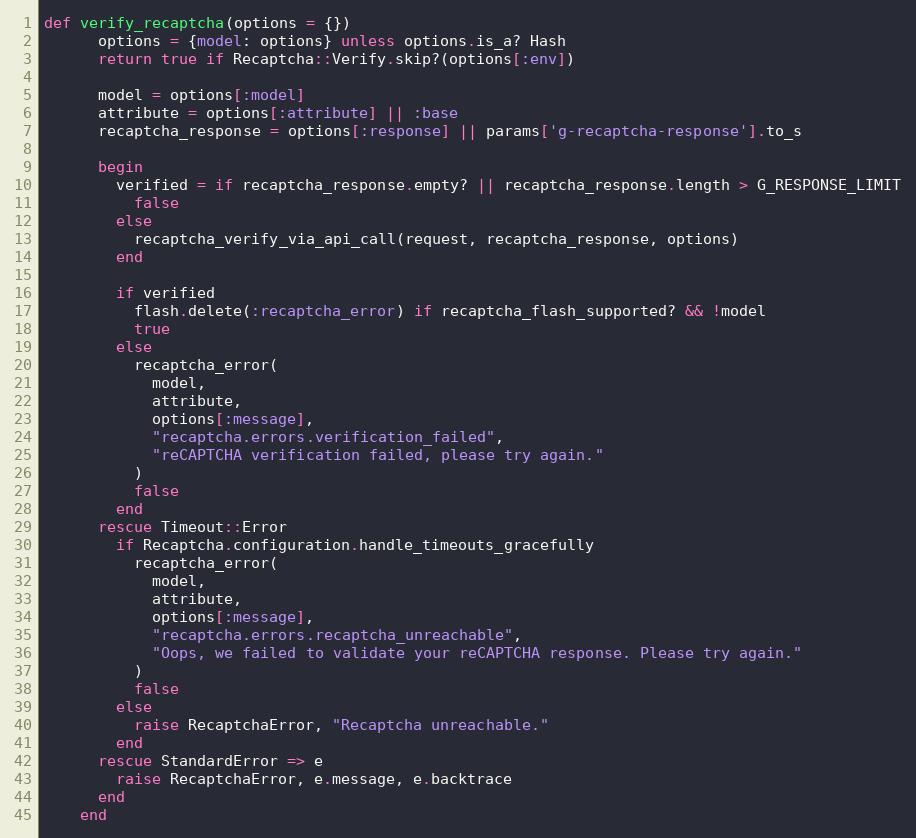
Language: Ruby
def verify_recaptcha(options = {})
      options = {model: options} unless options.is_a? Hash
      return true if Recaptcha::Verify.skip?(options[:env])

      model = options[:model]
      attribute = options[:attribute] || :base
      recaptcha_response = options[:response] || params['g-recaptcha-response'].to_s

      begin
        verified = if recaptcha_response.empty? || recaptcha_response.length > G_RESPONSE_LIMIT
          false
        else
          recaptcha_verify_via_api_call(request, recaptcha_response, options)
        end

        if verified
          flash.delete(:recaptcha_error) if recaptcha_flash_supported? && !model
          true
        else
          recaptcha_error(
            model,
            attribute,
            options[:message],
            "recaptcha.errors.verification_failed",
            "reCAPTCHA verification failed, please try again."
          )
          false
        end
      rescue Timeout::Error
        if Recaptcha.configuration.handle_timeouts_gracefully
          recaptcha_error(
            model,
            attribute,
            options[:message],
            "recaptcha.errors.recaptcha_unreachable",
            "Oops, we failed to validate your reCAPTCHA response. Please try again."
          )
          false
        else
          raise RecaptchaError, "Recaptcha unreachable."
        end
      rescue StandardError => e
        raise RecaptchaError, e.message, e.backtrace
      end
    end